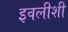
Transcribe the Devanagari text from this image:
इवलीशी